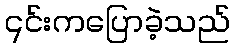
၎င်းကပြောခဲ့သည်